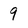
Character: 9